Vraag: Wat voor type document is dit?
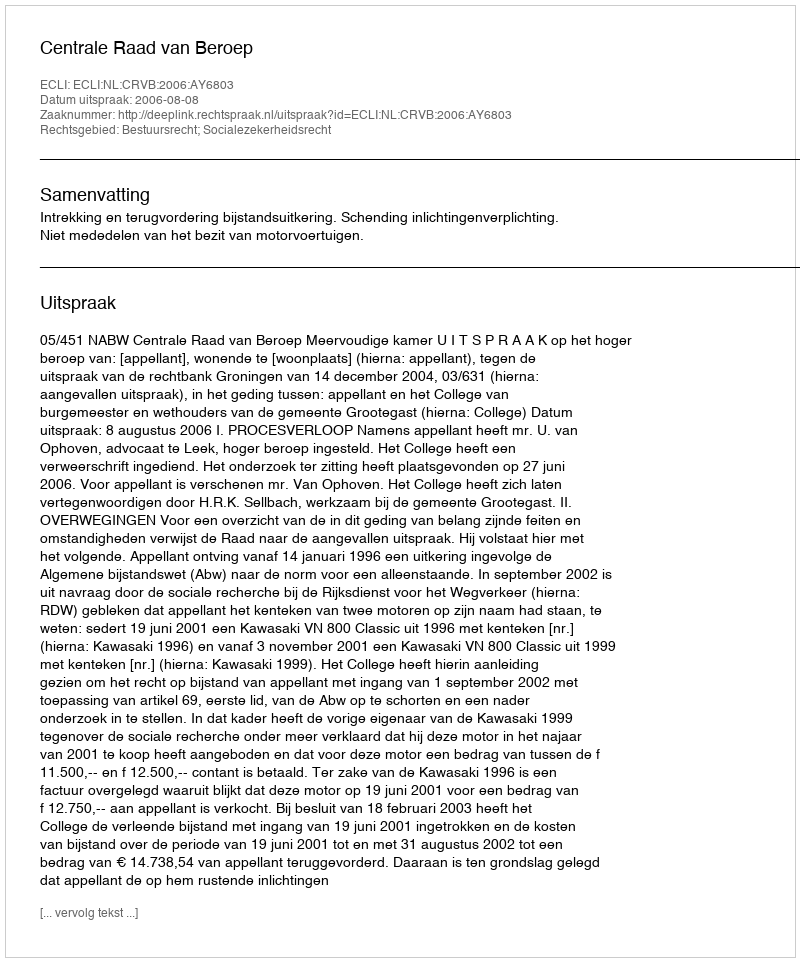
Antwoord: Uitspraak